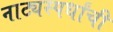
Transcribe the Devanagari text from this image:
नाट्यस्पर्धांची